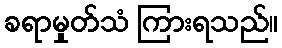
ခရာမှုတ်သံ ကြားရသည်။